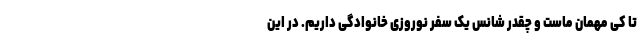
تا کی مهمان ماست و چقدر شانس یک سفر نوروزی خانوادگی داریم. در این